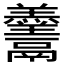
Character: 𱆓